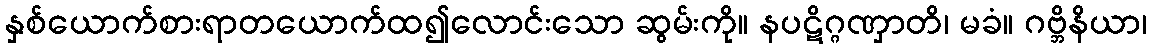
နှစ်ယောက်စားရာတယောက်ထ၍လောင်းသော ဆွမ်းကို။ နပဋိဂ္ဂဏှာတိ၊ မခံ။ ဂဗ္ဘိနိယာ၊